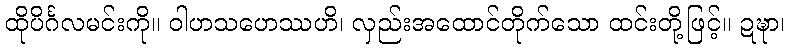
ထိုပိင်္ဂလမင်းကို။ ဝါဟသဟေဿဟိ၊ လှည်းအထောင်တိုက်သော ထင်းတို့ဖြင့်။ ဍဍ္ဎာ၊